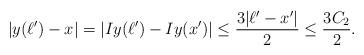
LaTeX: \begin{align*}|y(\ell') - x | = |Iy(\ell') - Iy(x')| \leq \frac{3|\ell' - x'|}{2} \leq \frac{3C_{2}}{2}.\end{align*}